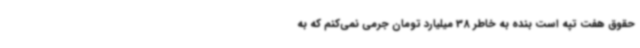
حقوق هفت تپه است بنده به خاطر 38 میلیارد تومان جرمی نمی‌کنم که به